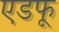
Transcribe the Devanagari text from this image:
एडफू